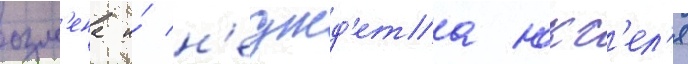
озм'ена и́ н'еджд'ета юкс'ел'я